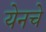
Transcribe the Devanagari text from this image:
येनचे